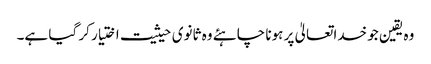
وہ یقین جو خداتعالیٰ پر ہونا چاہئے وہ ثانوی حیثیت اختیار کر گیا ہے۔